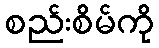
စည်းစိမ်ကို